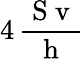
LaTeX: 4\, \frac{\mathrm{~S~v~}}{\mathrm{~h~}}